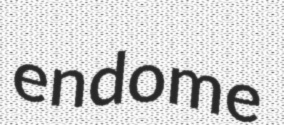
endome